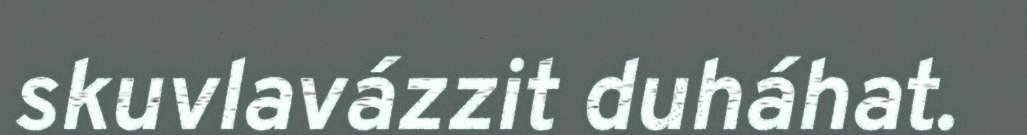
skuvlavázzit duháhat.